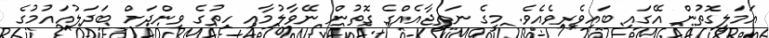
އަމަލީގޮތުން އޭގައި ބައިވެރިވެއެވެ. މީގެ ނަތީޖާއެއްގެ ގޮތުން ނޭވާލުމާއި ހިތުގެ ވިންދަށް ބަދަލުއައުމުގެ